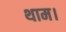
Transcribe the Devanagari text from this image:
थाम।